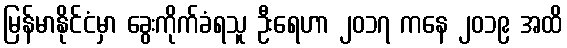
မြန်မာနိုင်ငံမှာ ခွေးကိုက်ခံရသူ ဦးရေဟာ ၂၀၁၇ ကနေ ၂၀၁၉ အထိ